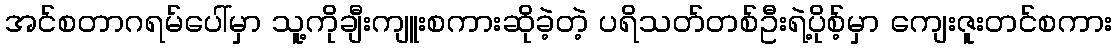
အင်စတာဂရမ်ပေါ်မှာ သူ့ကိုချီးကျူးစကားဆိုခဲ့တဲ့ ပရိသတ်တစ်ဦးရဲ့ပိုစ့်မှာ ကျေးဇူးတင်စကား